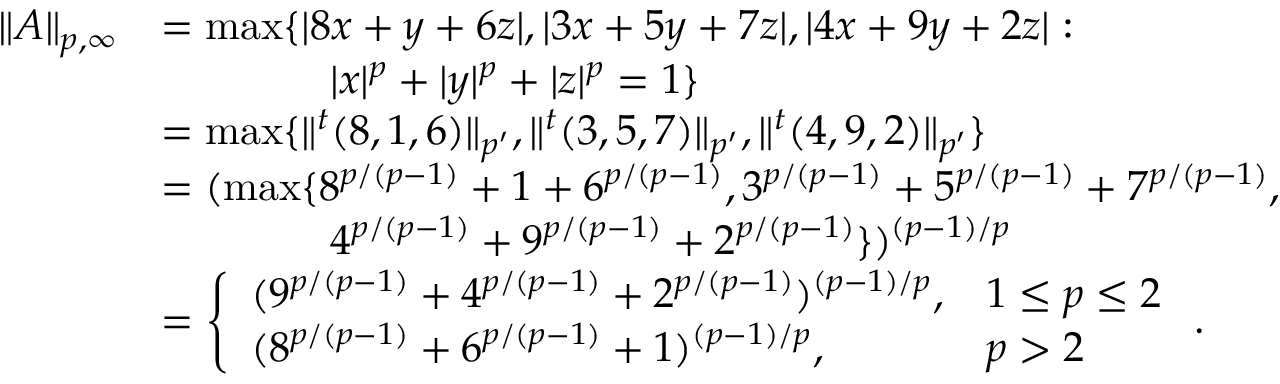
\begin{array} { r l } { \| A \| _ { p , \infty } } & { = \operatorname* { m a x } \{ | 8 x + y + 6 z | , | 3 x + 5 y + 7 z | , | 4 x + 9 y + 2 z | : } \\ & { \qquad \qquad | x | ^ { p } + | y | ^ { p } + | z | ^ { p } = 1 \} } \\ & { = \operatorname* { m a x } \{ \| ^ { t } ( 8 , 1 , 6 ) \| _ { p ^ { \prime } } , \| ^ { t } ( 3 , 5 , 7 ) \| _ { p ^ { \prime } } , \| ^ { t } ( 4 , 9 , 2 ) \| _ { p ^ { \prime } } \} } \\ & { = ( \operatorname* { m a x } \{ 8 ^ { p / ( p - 1 ) } + 1 + 6 ^ { p / ( p - 1 ) } , 3 ^ { p / ( p - 1 ) } + 5 ^ { p / ( p - 1 ) } + 7 ^ { p / ( p - 1 ) } , } \\ & { \qquad \qquad 4 ^ { p / ( p - 1 ) } + 9 ^ { p / ( p - 1 ) } + 2 ^ { p / ( p - 1 ) } \} ) ^ { ( p - 1 ) / p } } \\ & { = \left\{ \begin{array} { l l } { ( 9 ^ { p / ( p - 1 ) } + 4 ^ { p / ( p - 1 ) } + 2 ^ { p / ( p - 1 ) } ) ^ { ( p - 1 ) / p } , } & { 1 \le p \le 2 } \\ { ( 8 ^ { p / ( p - 1 ) } + 6 ^ { p / ( p - 1 ) } + 1 ) ^ { ( p - 1 ) / p } , } & { p > 2 } \end{array} \right. . } \end{array}